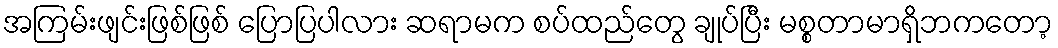
အကြမ်းဖျင်းဖြစ်ဖြစ် ပြောပြပါလား ဆရာမက စပ်ထည်တွေ ချုပ်ပြီး မစ္စတာမာရှိဘကတော့